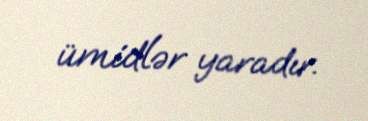
ümidlər yaradır.